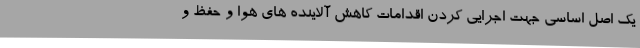
یک اصل اساسی جهت اجرایی کردن اقدامات کاهش آلاینده های هوا و حفظ و